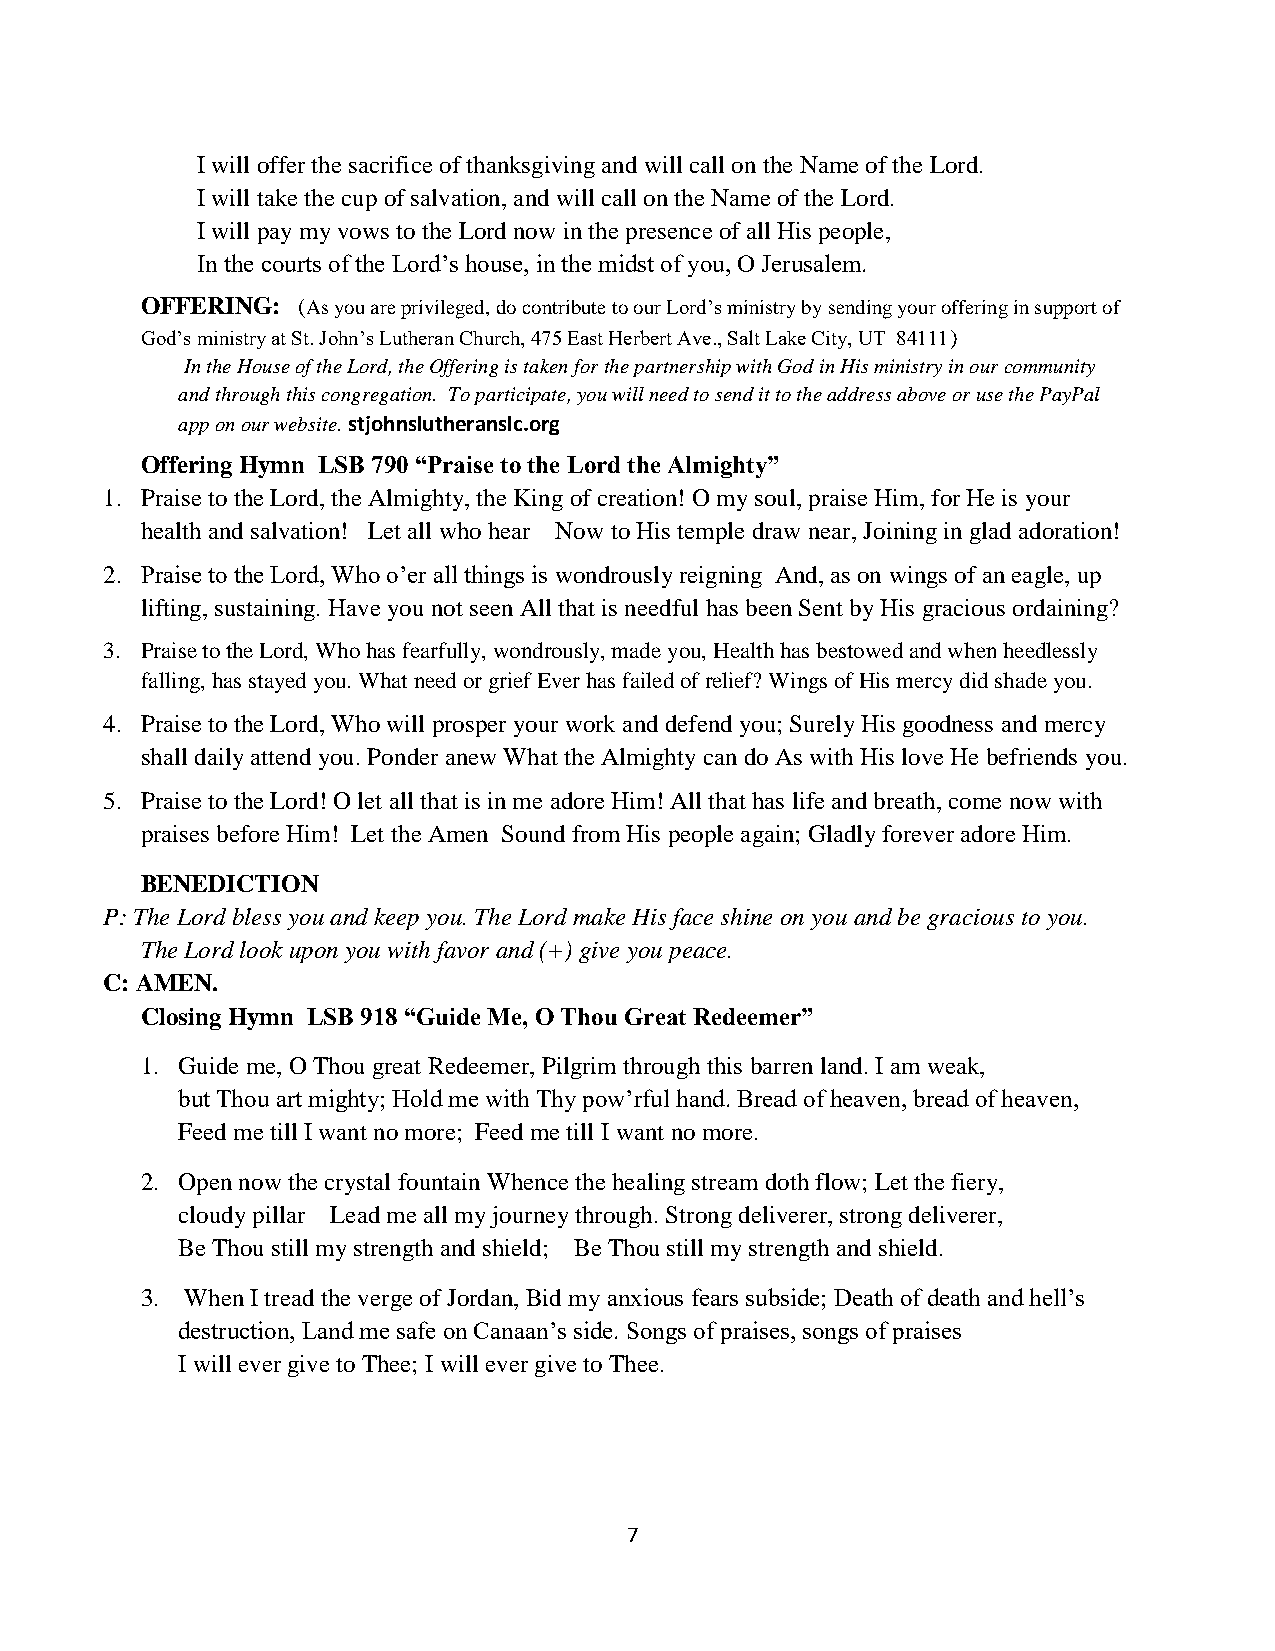
I will offer the sacrifice of thanksgiving and will call on the Name of the Lord.
 I will take the cup of salvation, and will call on the Name of the Lord.
 I will pay my vows to the Lord now in the presence of all His people,
 In the courts of the Lord’s house, in the midst of you, O Jerusalem.
 OFFERING:  (As you are privileged, do contribute to our Lord’s ministry by sending your offering in support of
 God’s ministry at St. John’s Lutheran Church, 475 East Herbert Ave., Salt Lake City, UT 84111)
 In the House of the Lord, the Offering is taken for the partnership with God in His ministry in our community
 and through this congregation. To participate, you will need to send it to the address above or use the PayPal
 app on our website. stjohnslutheranslc.org
 Offering Hymn LSB 790 “Praise to the Lord the Almighty”
 1. Praise to the Lord, the Almighty, the King of creation! O my soul, praise Him, for He is your
 health and salvation! Let all who hear Now to His temple draw near, Joining in glad adoration!
 2. Praise to the Lord, Who o’er all things is wondrously reigning And, as on wings of an eagle, up
 lifting, sustaining. Have you not seen All that is needful has been Sent by His gracious ordaining?
 3. Praise to the Lord, Who has fearfully, wondrously, made you, Health has bestowed and when heedlessly
 falling, has stayed you. What need or grief Ever has failed of relief? Wings of His mercy did shade you.
 4. Praise to the Lord, Who will prosper your work and defend you; Surely His goodness and mercy
 shall daily attend you. Ponder anew What the Almighty can do As with His love He befriends you.
 5. Praise to the Lord! O let all that is in me adore Him! All that has life and breath, come now with
 praises before Him! Let the Amen Sound from His people again; Gladly forever adore Him.
 BENEDICTION
 P: The Lord bless you and keep you. The Lord make His face shine on you and be gracious to you.
 The Lord look upon you with favor and (+) give you peace.
 C: AMEN.
 Closing Hymn LSB 918 “Guide Me, O Thou Great Redeemer”
 1. Guide me, O Thou great Redeemer, Pilgrim through this barren land. I am weak,
 but Thou art mighty; Hold me with Thy pow’rful hand. Bread of heaven, bread of heaven,
 Feed me till I want no more; Feed me till I want no more.
 2. Open now the crystal fountain Whence the healing stream doth flow; Let the fiery,
 cloudy pillar Lead me all my journey through. Strong deliverer, strong deliverer,
 Be Thou still my strength and shield; Be Thou still my strength and shield.
 3. When I tread the verge of Jordan, Bid my anxious fears subside; Death of death and hell’s
 destruction, Land me safe on Canaan’s side. Songs of praises, songs of praises
 I will ever give to Thee; I will ever give to Thee.
 7